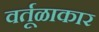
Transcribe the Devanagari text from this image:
वर्तूळाकार